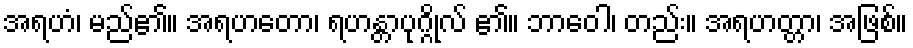
အရဟံ၊ မည်၏။ အရဟတော၊ ရဟန္တာပုဂ္ဂိုလ် ၏။ ဘာဝေါ၊ တည်း။ အရဟတ္တာ၊ အဖြစ်။